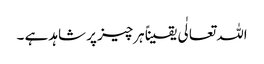
اللہ تعالٰی یقیناً ہرچیز پر شاہد ہے ۔